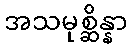
အသမုစ္ဆိန္နာ